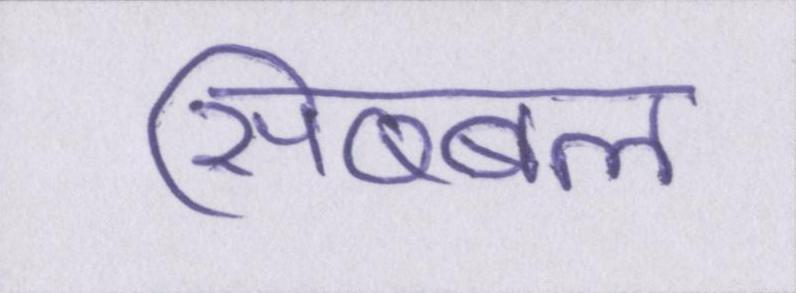
सिब्बल